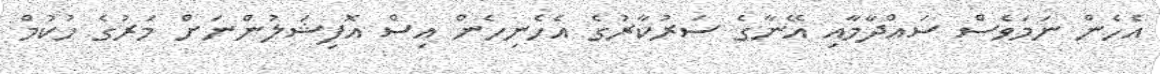
އެހެން ނަމަވެސް ސައްދާމާއި އޭނާގެ ސަރުކާރުގެ އެހެނިހެން އިސް އޮފިޝަލުންނަށް މަރުގެ ހުކުމް